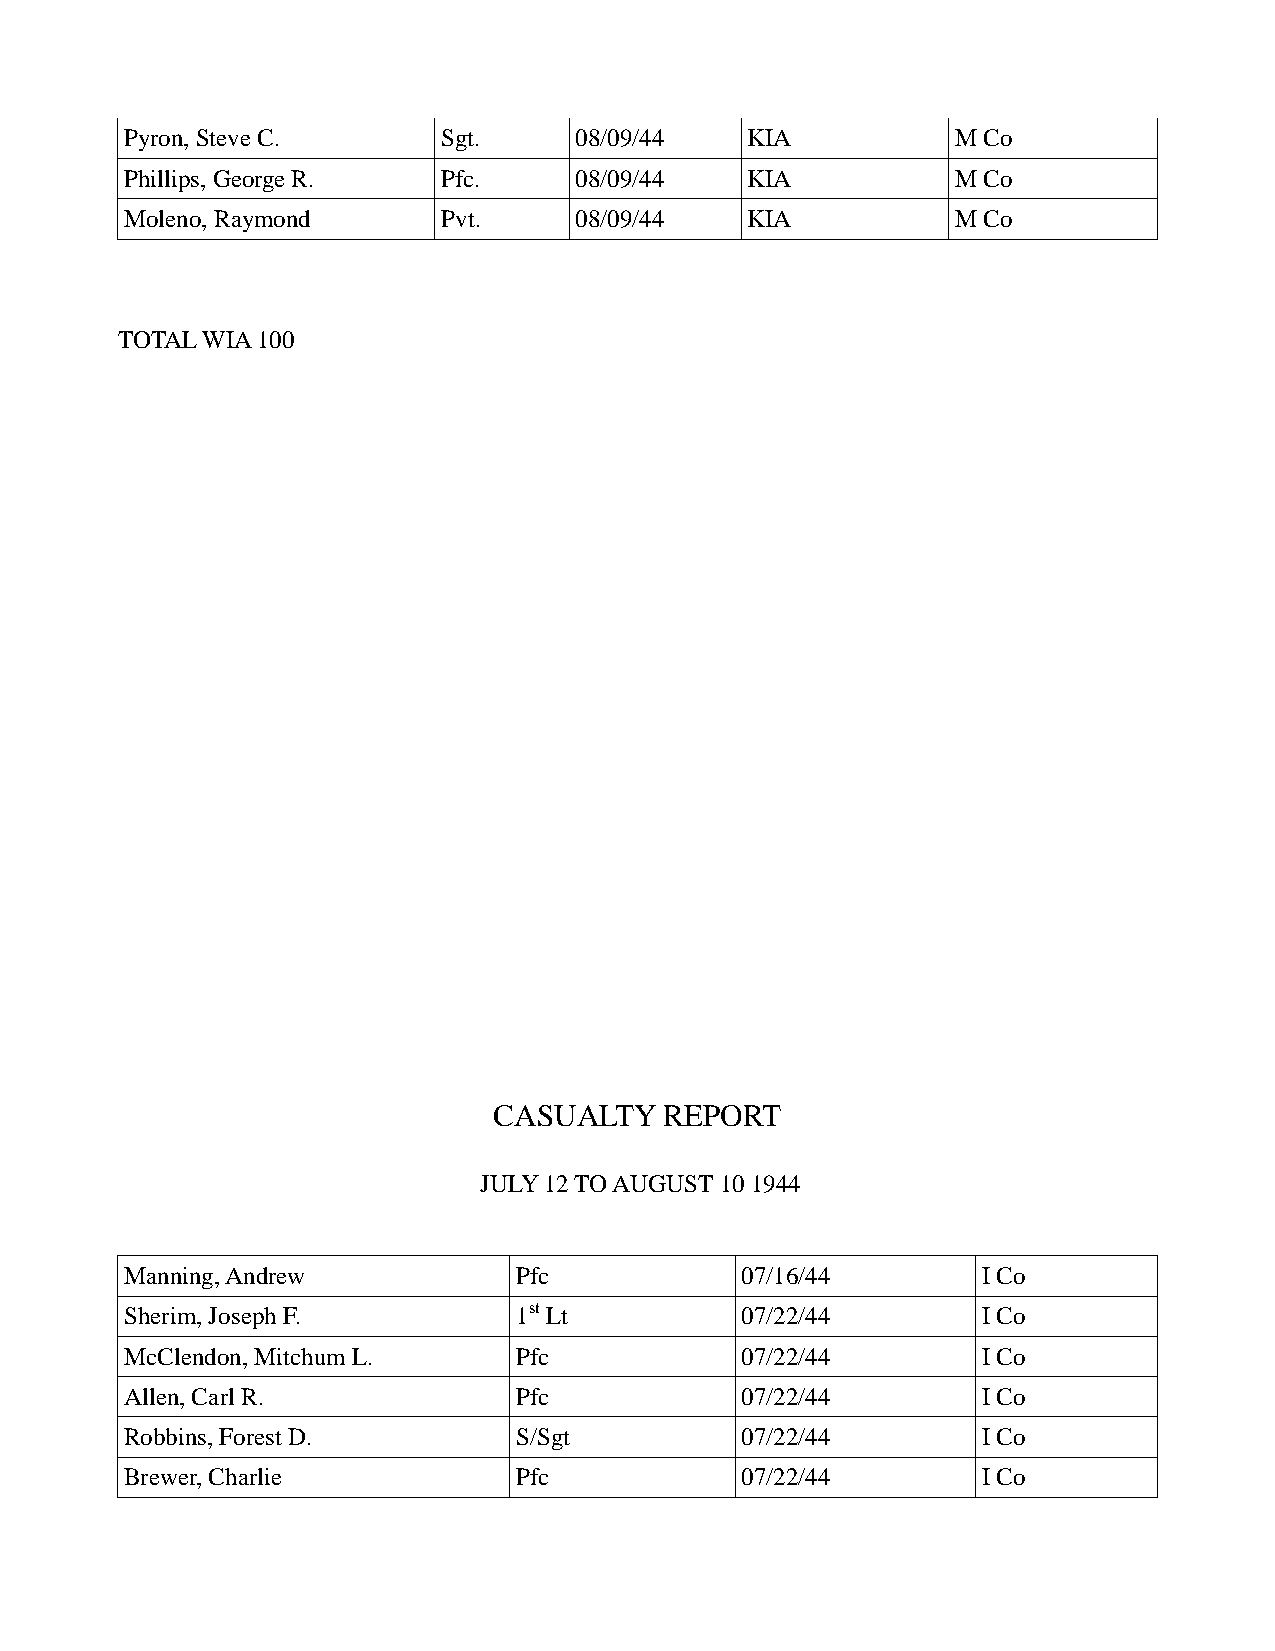
Pyron, Steve C.      Sgt.     08/09/44   KIA           M Co
 Phillips, George R.  Pfc.     08/09/44   KIA           M Co
 Moleno, Raymond      Pvt.     08/09/44   KIA           M Co
 TOTAL WIA 100
 CASUALTY   REPORT
 JULY 12 TO AUGUST 10 1944
 Manning, Andrew           Pfc            07/16/44        I Co
 Sherim, Joseph F.         1st Lt         07/22/44        I Co
 McClendon, Mitchum L.     Pfc            07/22/44        I Co
 Allen, Carl R.            Pfc            07/22/44        I Co
 Robbins, Forest D.        S/Sgt          07/22/44        I Co
 Brewer, Charlie           Pfc            07/22/44        I Co